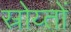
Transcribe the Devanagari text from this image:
स्रोय्तों